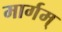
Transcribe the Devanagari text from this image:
मार्गम्‌